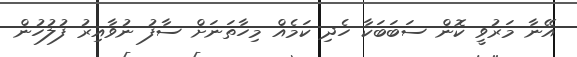
އޭނާ މަރުވީ ކޮން ސަބަބަކާ ހެދި ކަމެއް މިހާތަނަށް ސާފު ނުވާއިރު ފުލުހުން